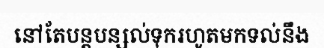
នៅតែបន្តបន្សល់ទុករហូតមកទល់នឹង